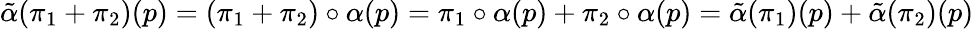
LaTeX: \tilde{\alpha}(\pi_{1}+\pi_{2})(p)=(\pi_{1}+\pi_{2})\circ\alpha(p)=\pi_{1}\circ\alpha(p)+\pi_{2}\circ\alpha(p)=\tilde{\alpha}(\pi_{1})(p)+\tilde{\alpha}(\pi_{2})(p)